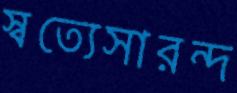
স্বত্যেসারন্দ